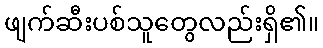
ဖျက်ဆီးပစ်သူတွေလည်းရှိ၏။